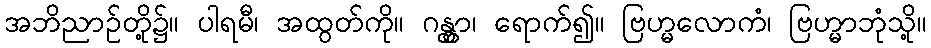
အဘိညာဉ်တို့၌။ ပါရမီ၊ အထွတ်ကို။ ဂန္တွာ၊ ရောက်၍။ ဗြဟ္မလောကံ၊ ဗြဟ္မာဘုံသို့။